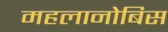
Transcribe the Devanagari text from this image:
महलानोबिस